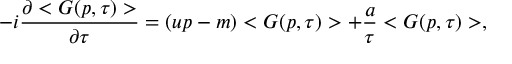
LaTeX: - i \frac { \partial < G ( p , \tau ) > } { \partial \tau } = ( u p - m ) < G ( p , \tau ) > + \frac { a } { \tau } < G ( p , \tau ) > ,